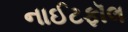
નાઈટફૉલ